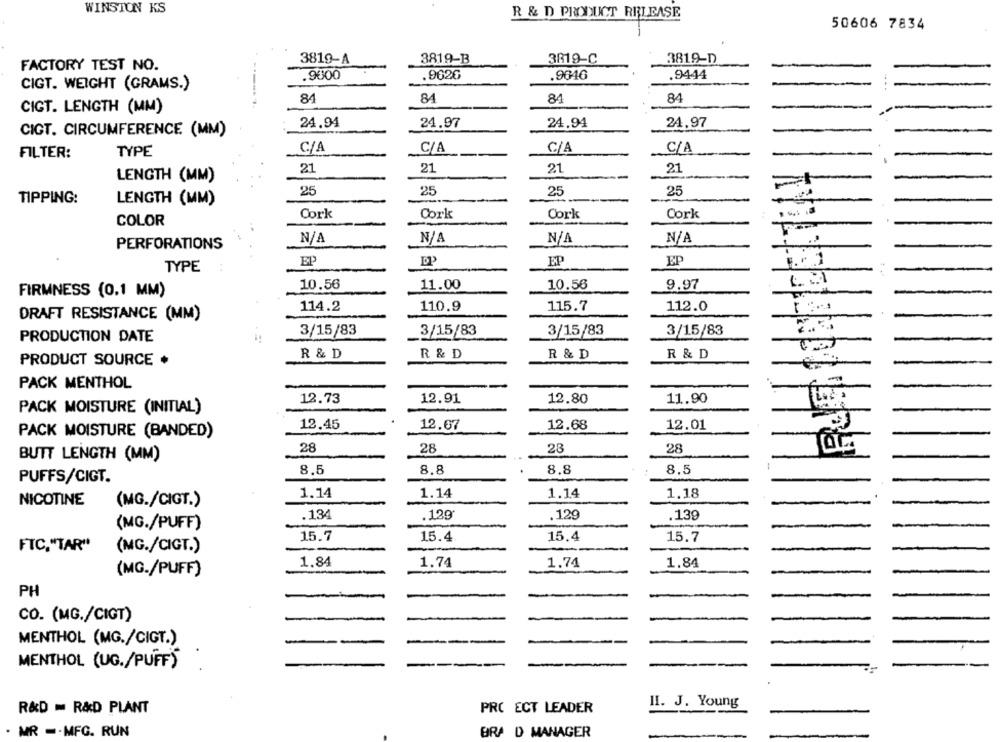
WINSTON KS
R & D PRODUCT RELEASE
50606 7834
3819-A
3819-B
3819-C
381.9-D
FACTORY TEST NO.
.9000
.9626
.9646
.9444
CIGT. WEIGHT (GRAMS.)
84
84
84
84
CIGT. LENGTH (MM)
24.94
24.97
24.94
24,97
CIGT. CIRCUMFERENCE (MM)
C/A
C/A
C/A
C/A
FILTER:
TYPE
21
21
21
21
LENGTH (MM)
25
25
25
25
TIPPING:
LENGTH (MM)
Cork
Cork
Cork
Cork
COLOR
PERFORATIONS
EP
EP
F. + 1
DP
EP
TYPE
10.56
11.00
10.56
9.97
FIRMNESS (0.1 MM)
114.2
110.9
115.7
112.0
DRAFT RESISTANCE (MM)
3/15/83
3/15/83
3/15/83
3/15/83
PRODUCTION DATE
R & D
R & D
R & D
R & D
PRODUCT SOURCE ·
-
PACK MENTHOL
12.73
12.91
12.80
11.90
PACK MOISTURE (INITIAL)
12.45
12.67
12.68
12.01
PACK MOISTURE (BANDED)
28
28
28
28
BUTT LENGTH (MM)
8,5
8.8
8.8
8.5
PUFFS/CIGT.
1.14
1.14
1.14
1.18
NICOTINE
(MG./CIGT.)
.134
.129
.129
.139
(MG./PUFF)
15.7
15.4
15.4
15.7
FTC."TAR"
(MG./CIGT.)
1.84
1.74
1.74
1.84
(MG./PUFF)
PH
CO. (MG./CIGT)
MENTHOL (MG./CIGT.)
MENTHOL (UG./PUFF)
HI. J. Young
R&D = R&D PLANT
PRO ECT LEADER
. MR -- MFG. RUN
BRA D MANAGER